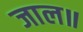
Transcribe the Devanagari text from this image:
जाल॥